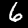
Label: 6